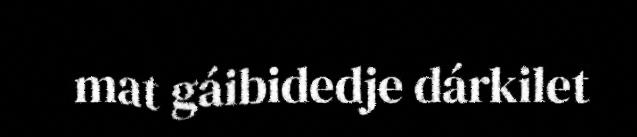
mat gáibidedje dárkilet